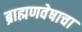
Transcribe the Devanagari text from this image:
ब्राह्मणवेषाचा